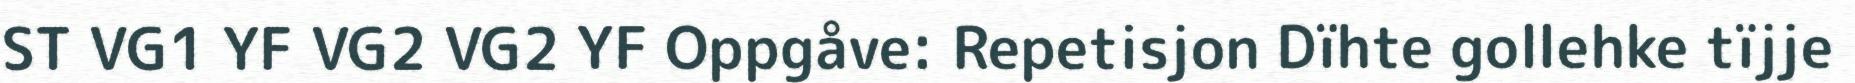
ST VG1 YF VG2 VG2 YF Oppgåve: Repetisjon Dïhte gollehke tïjje